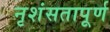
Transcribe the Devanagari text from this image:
नृशंसतापूर्ण